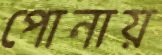
পোনায়